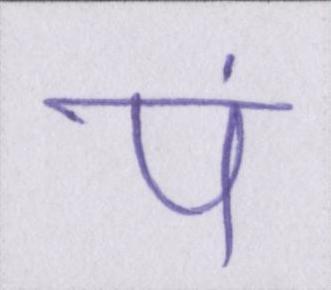
पं